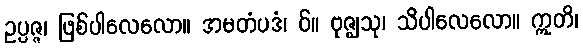
ဥပ္ပဇ္ဇ၊ ဖြစ်ပါလေလော။ အမတံပဒံ၊ ဝ်။ ဗုဇ္ဈသု၊ သိပါလေလော။ ဣတိ၊